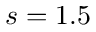
s = 1 . 5